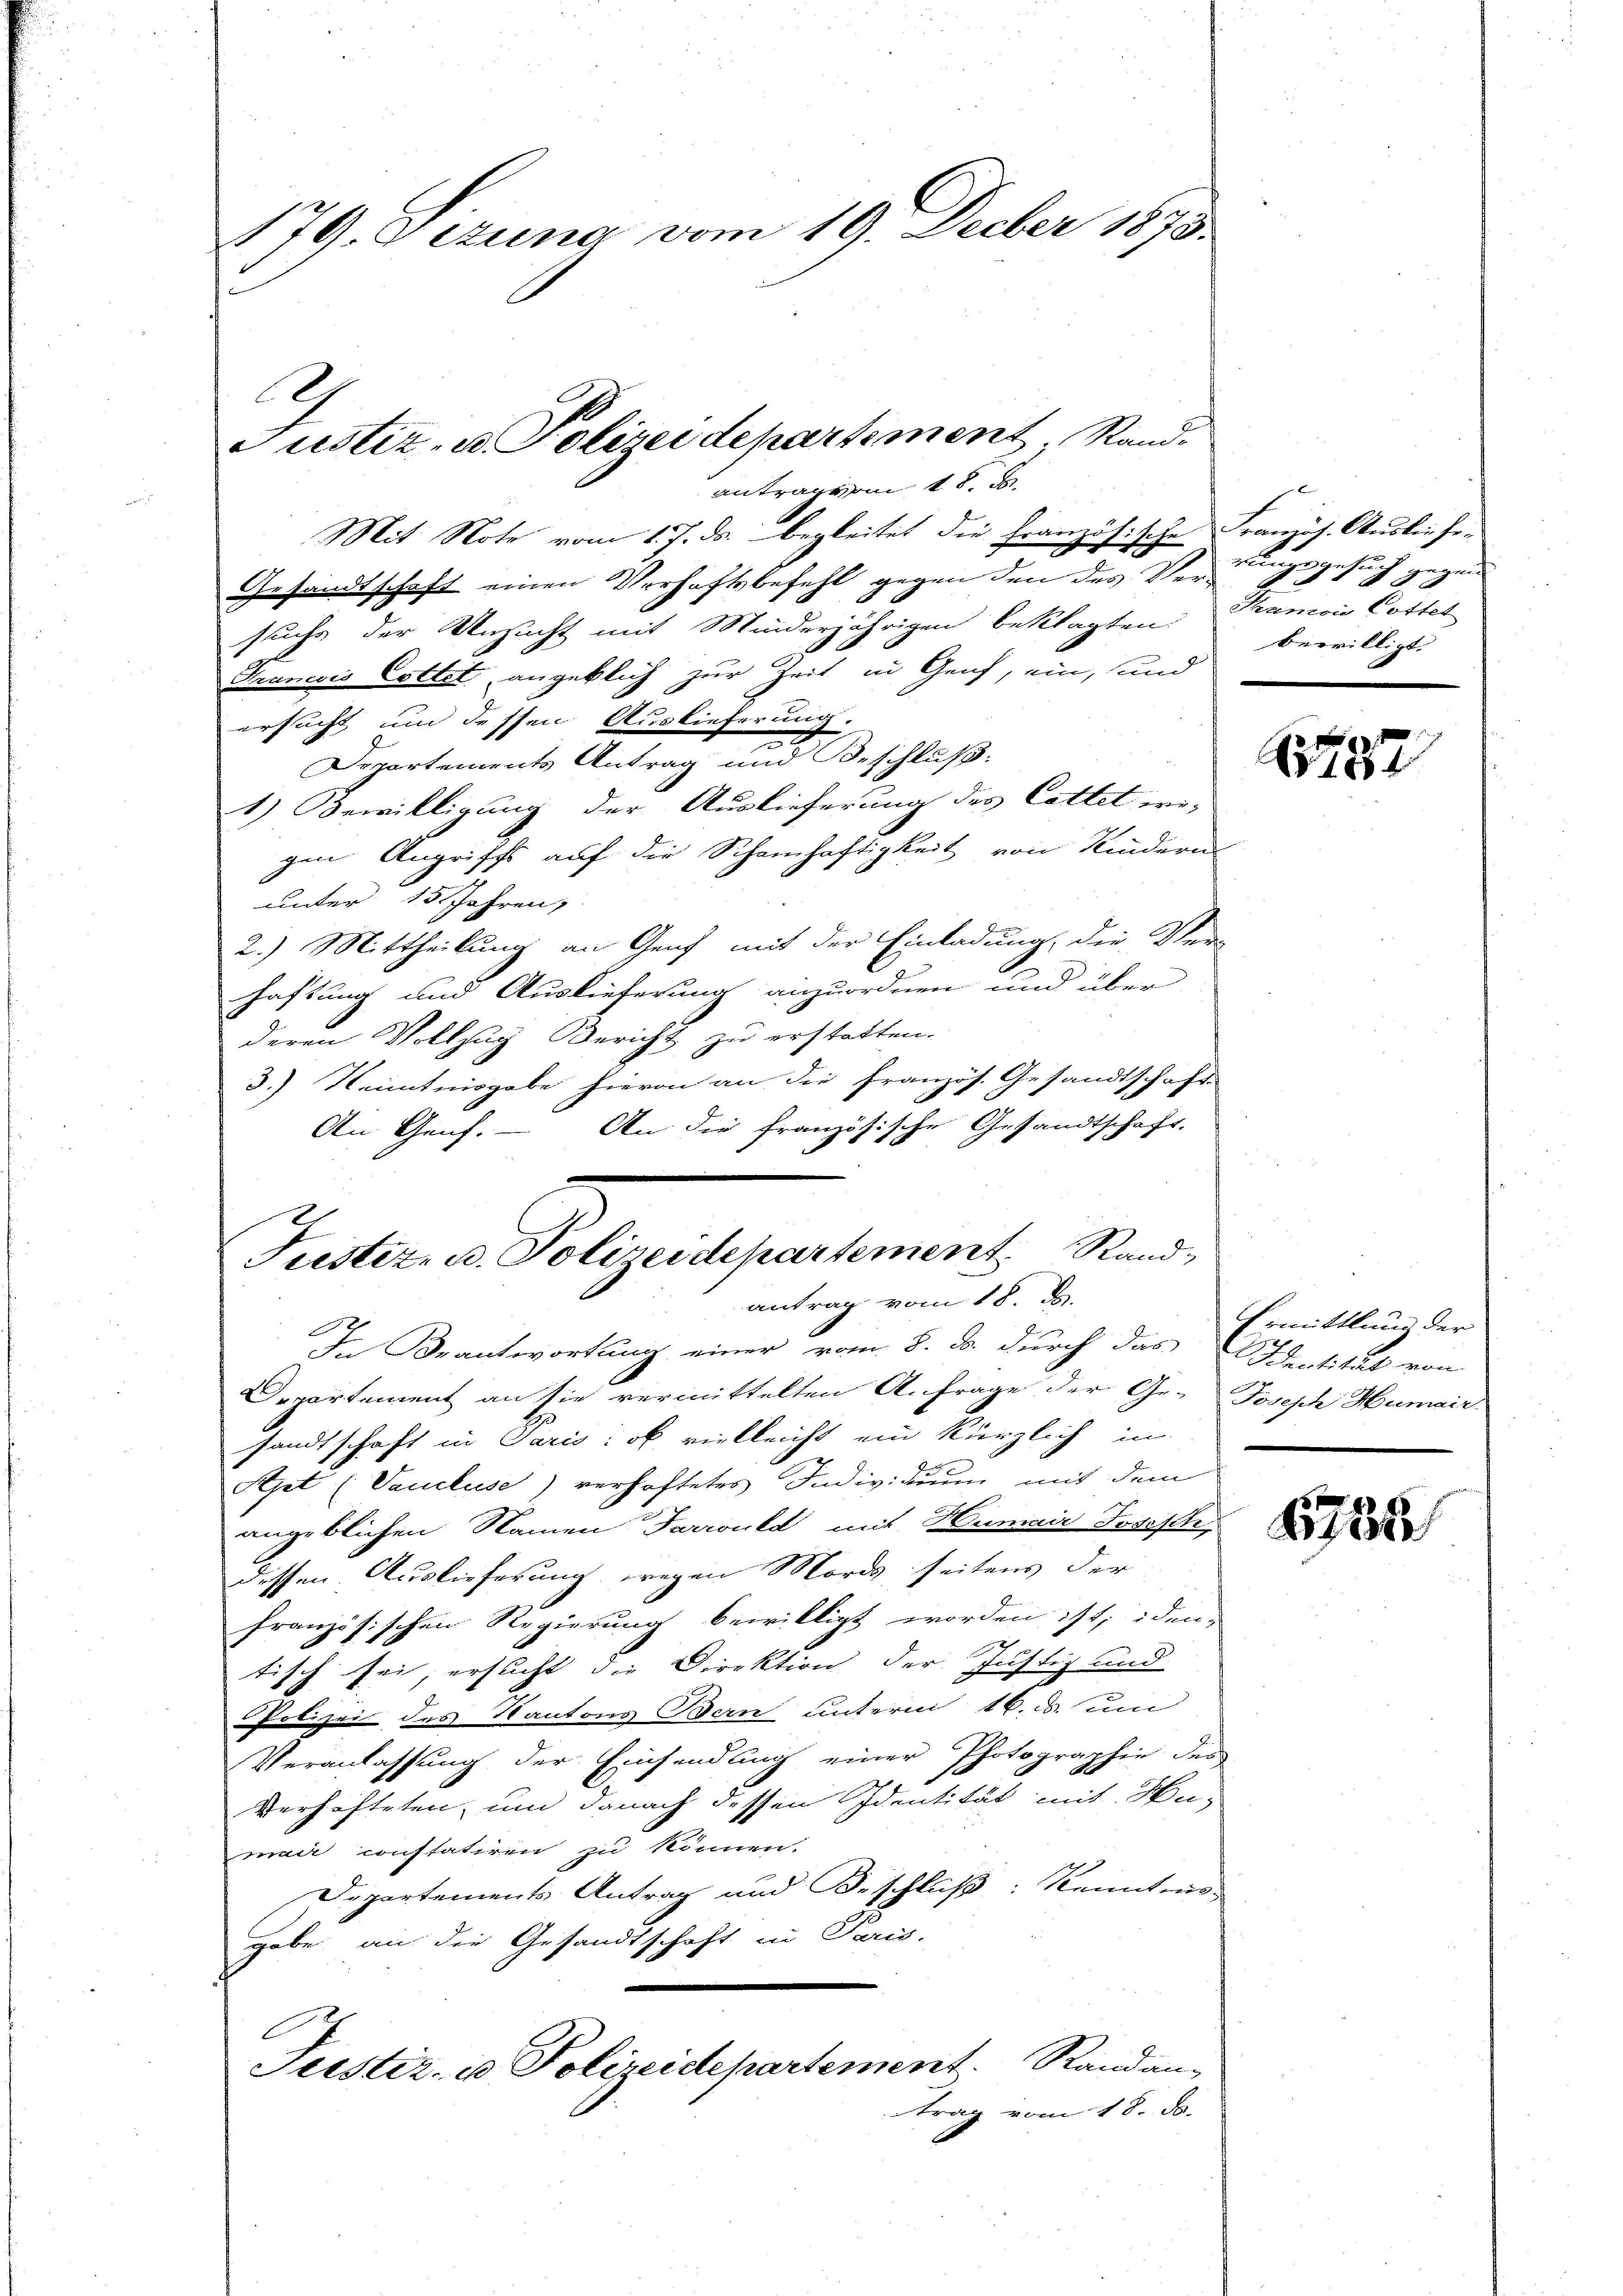
179. Dezuna vom 19. Decber 1873.

b

antragen 18. J
d
Mit Note vom 17. ds. begleitet die Französische Französ. Ausliefe-
Gesandtschaft einen Verhaftsbefehl gegen den des Verungsgesuch gegen
suche der Unzucht mit Minderjährigen beklagten Trancois Cottet
Taniis Cottet angeklich zur Zeit in Genf, ein, und
ersucht um dessen Auslieferung.
2
Departements Antrag und Beschluß:
1) Bewilligung der Auslieferung des Cettet wer-
gen Angriffs auf die Schamhaftigkeit von Kindern
unter 15 Jahren,
2.) Mittheilung an Genf mit der Einladung, die Ver-
haftung und Auslieferung anzuordnen und über
deren Vollzug Bericht zu erstatten.
3.) Kenntnisgabe hievon an die französ. Gesandtschaft
An Genf. – An die französische Gesandtschaft.
In Beantwortung einer vom 8. ds. durch das Sentität von
Departement an sie vermittelten A. Frage der Ge- Joseph Humair
sandtschaft in Paris : ob vielleicht ein kürzlich in
Apt (Vaucluse) verhaftetes Individuum mit dem
angeblichen Namen Tarrould mit Humair Joseph
dessen Auslieferung wegen Mords seitens der
französischen Regierung bewilligt worden ist, iden
h
tisch sei, ersucht die Direktion der Justiz und
Polizei des Kantons Bern unterm 16. ds. um
Veranlassung der Einsendung einer Photographie des
Verhafteten, um danach dessen Identität mit Humair constatiren zu können.
Departements Antrag und Beschluß: Kenntnis
gabe an die Gesandtschaft in Paris.
Justiz- u Polizeidepartement. Randan-
trag vom 18. d.

Justiz- u. Polizeidepartement Rand,
antrag vom 18. d.

Justiz, u. Polizei departement, Stand

bewilligt.

5552

Ermittlung der

1735